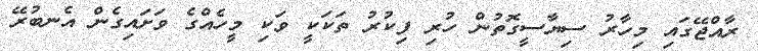
ރާއްޖޭގައި މިހާރު ސިޔާސީގޮތުން ހުރި ފިކުރު ތަކަކީ ވަކި މީހެއްގެ ވަށައިގެން އެނބުރޭ